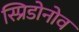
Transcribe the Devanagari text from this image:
स्प्रिडोनोव